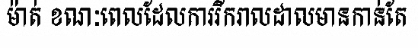
ម៉ាត់ ខណៈពេលដែលការរីករាលដាលមានកាន់តែ